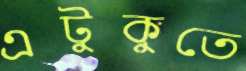
এটুকুতে